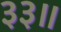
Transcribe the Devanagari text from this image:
३३॥